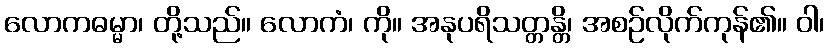
လောကဓမ္မာ၊ တို့သည်။ လောကံ၊ ကို။ အနုပရိသတ္တန္တိ၊ အစဉ်လိုက်ကုန်၏။ ဝါ၊